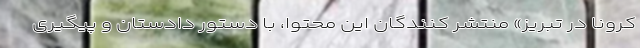
کرونا در تبریز» منتشر کنندگان این محتوا، با دستور دادستان و پیگیری